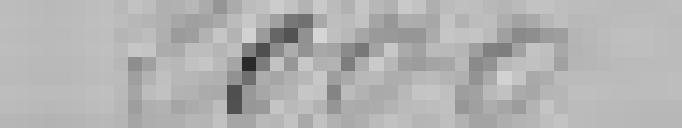
2000